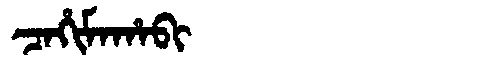
Manchu: ᠴᠠᡥᡳᠮᠠᡥᠠᠪᡳ
Romanization: CAHIMAHABI